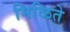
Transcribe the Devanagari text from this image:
मिळिते